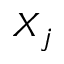
X _ { j }